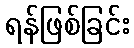
ရန်ဖြစ်ခြင်း